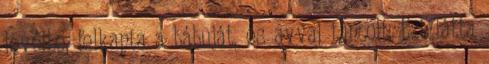
levélbe, felkapta a bábuját, és avval táncolt. Ezt látta